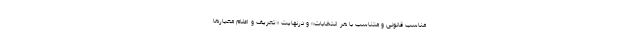
مناسب قانونی و متناسب با هر انتخابات» و درنهایت «تعریف و اعلام معیارها